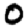
Digit: 0